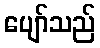
ပျော်သည်